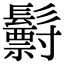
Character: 𩯧